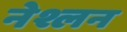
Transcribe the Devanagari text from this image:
नेश्लन